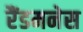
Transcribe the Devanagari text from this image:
रैंडमनेस